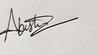
Signature authenticity: genuine